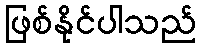
ဖြစ်နိုင်ပါသည်